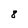
Character: 8